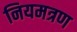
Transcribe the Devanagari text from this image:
नियमत्रण